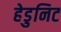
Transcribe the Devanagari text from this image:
हेडुनिट